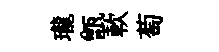
瓏甑軟萄